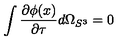
\int \frac { \partial \phi ( x ) } { \partial \tau } d \Omega _ { S ^ { 3 } } = 0